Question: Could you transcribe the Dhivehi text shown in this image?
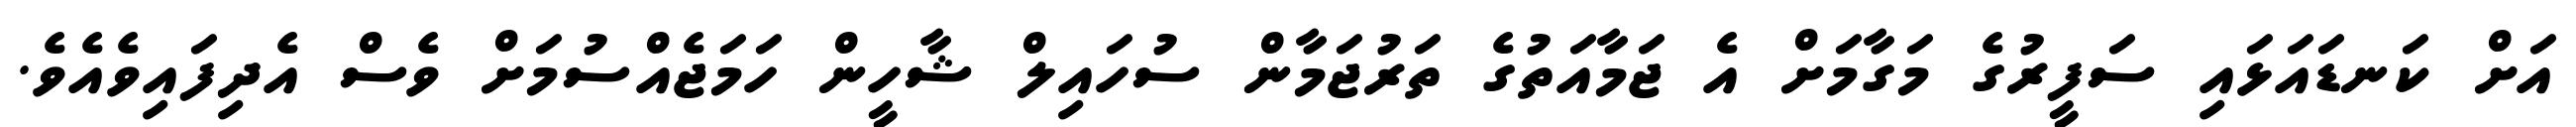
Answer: އަށް ކަނޑައަޅައި ސަފީރުގެ މަގާމަށް އެ ޖަމާއަތުގެ ތަރުޖަމާން ސުހައިލް ޝާހީން ހަމަޖެއްސުމަށް ވެސް އެދިފައިވެއެވެ.